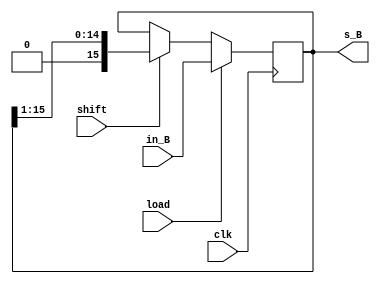
module rsr (clk, in_B , shift , load , s_B);
  input clk;
  input [15:0]in_B;
  input load;
  input shift;
  output reg [15:0]s_B;

always @(negedge clk)
  if(load)
     s_B = in_B ;
  else
   begin
    if(shift) s_B = s_B >> 1;
    else s_B = s_B;
   end

endmodule